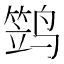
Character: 𱊢